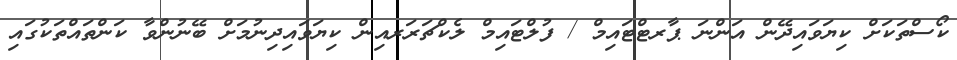
ކޯސްތަކަށް ކިޔަވައިދޭން އަންނަ ޕާރޓްޓައިމް / ފުލްޓައިމް ލެކްޗަރަރއިން ކިޔަވައިދިނުމަށް ބޭނުންވާ ކަންތައްތަކުގައި